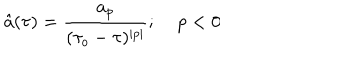
\hat { a } ( \tau ) = \frac { a _ { p } } { ( \tau _ { o } - \tau ) ^ { \mid p \mid } } ; \; p < 0